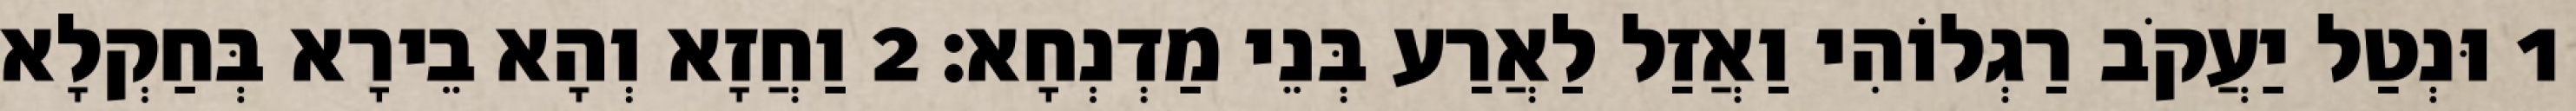
1 וּנְטַל יַעֲקֹב רַגְלוֹהִי וַאֲזַל לַאֲרַע בְּנֵי מַדְנְחָא׃ 2 וַחֲזָא וְהָא בֵירָא בְּחַקְלָא